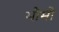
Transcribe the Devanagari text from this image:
भौमो